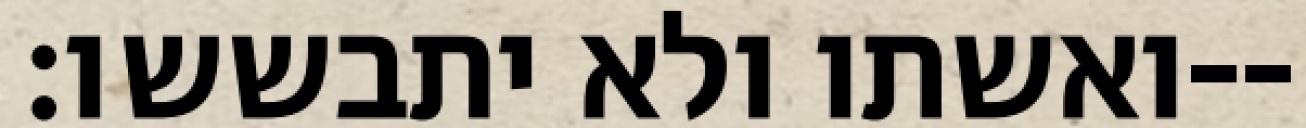
ואשתו ולא יתבששו׃--